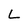
Character: L